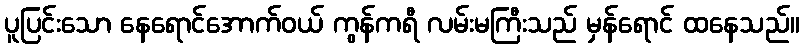
ပူပြင်းသော နေရောင်အောက်ဝယ် ကွန်ကရီ လမ်းမကြီးသည် မှန်ရောင် ထနေသည်။